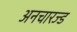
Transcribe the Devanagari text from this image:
अनचारज्ड